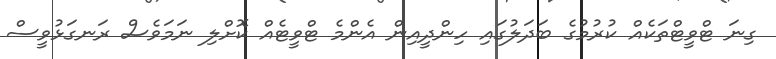
ގިނަ ޓްވީޓްތަކެއް ކުރުމުގެ ބަދަލުގައި ހިންދީއިން އެންމެ ޓްވީޓެއް ކޮށްލި ނަމަވެސް ރަނގަޅުވީސް